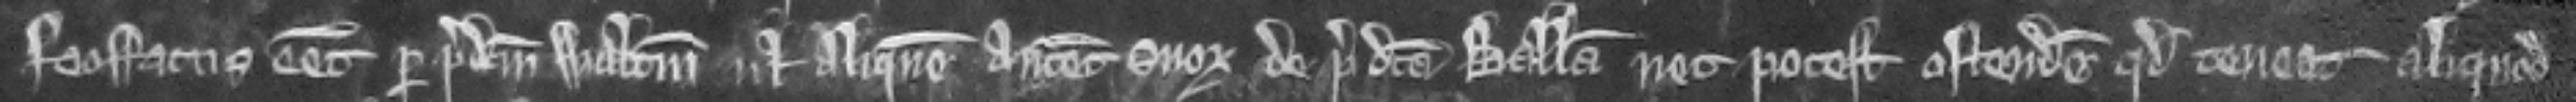
feoffatus esset per predictum Walterum vel aliquem antecessorum suorum de predicta balliva nec potest ostendere quod teneat aliquod